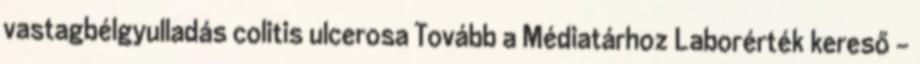
vastagbélgyulladás colitis ulcerosa Tovább a Médiatárhoz Laborérték kereső -